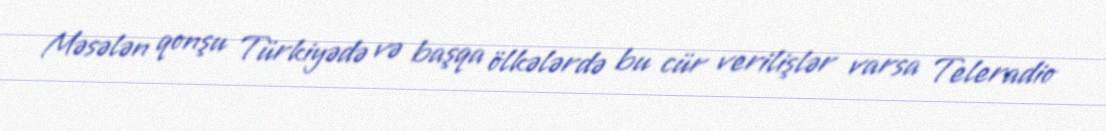
Məsələn qonşu Türkiyədə və başqa ölkələrdə bu cür verilişlər varsa Teleradio